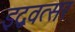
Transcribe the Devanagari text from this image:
इद्ववत्सर